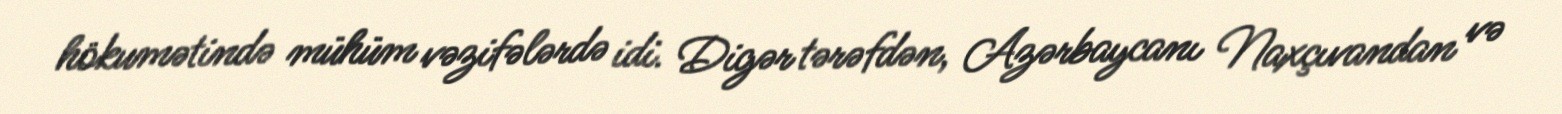
hökumətində mühüm vəzifələrdə idi. Digər tərəfdən, Azərbaycanı Naxçıvandan və